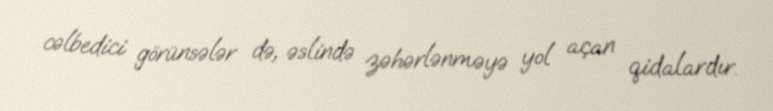
cəlbedici görünsələr də, əslində zəhərlənməyə yol açan qidalardır.